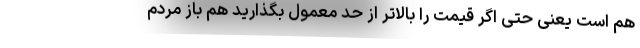
هم است یعنی حتی اگر قیمت را بالاتر از حد معمول بگذارید هم باز مردم